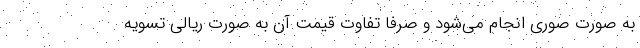
به صورت صوری انجام می‌شود و صرفا تفاوت قیمت آن به صورت ریالی تسویه